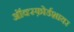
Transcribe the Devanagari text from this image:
ऑक्स्फ़ोर्डशायर